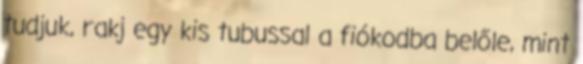
tudjuk, rakj egy kis tubussal a fiókodba belőle, mint